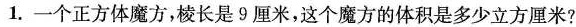
1.一个正方体魔方，棱长是9厘米，这个魔方的体积是多少立方厘米?